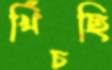
খিঁচছি